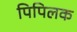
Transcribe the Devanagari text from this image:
पिपिलक